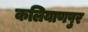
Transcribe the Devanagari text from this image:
कलियाणपुर